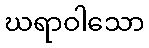
ဃရာဝါသော